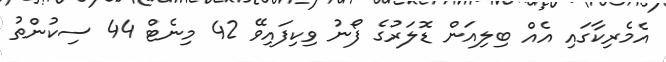
އެމެރިކާގައި އެއް ބިލިއަން ޑޮލަރުގެ ފޯނު ވިކިފައިވޭ 42 މިނެޓް 44 ސިކުންތު